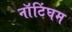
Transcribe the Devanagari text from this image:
नाॅटिंघम